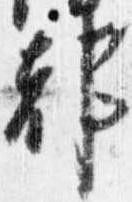
都